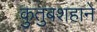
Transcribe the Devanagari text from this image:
कुतुबशहाने